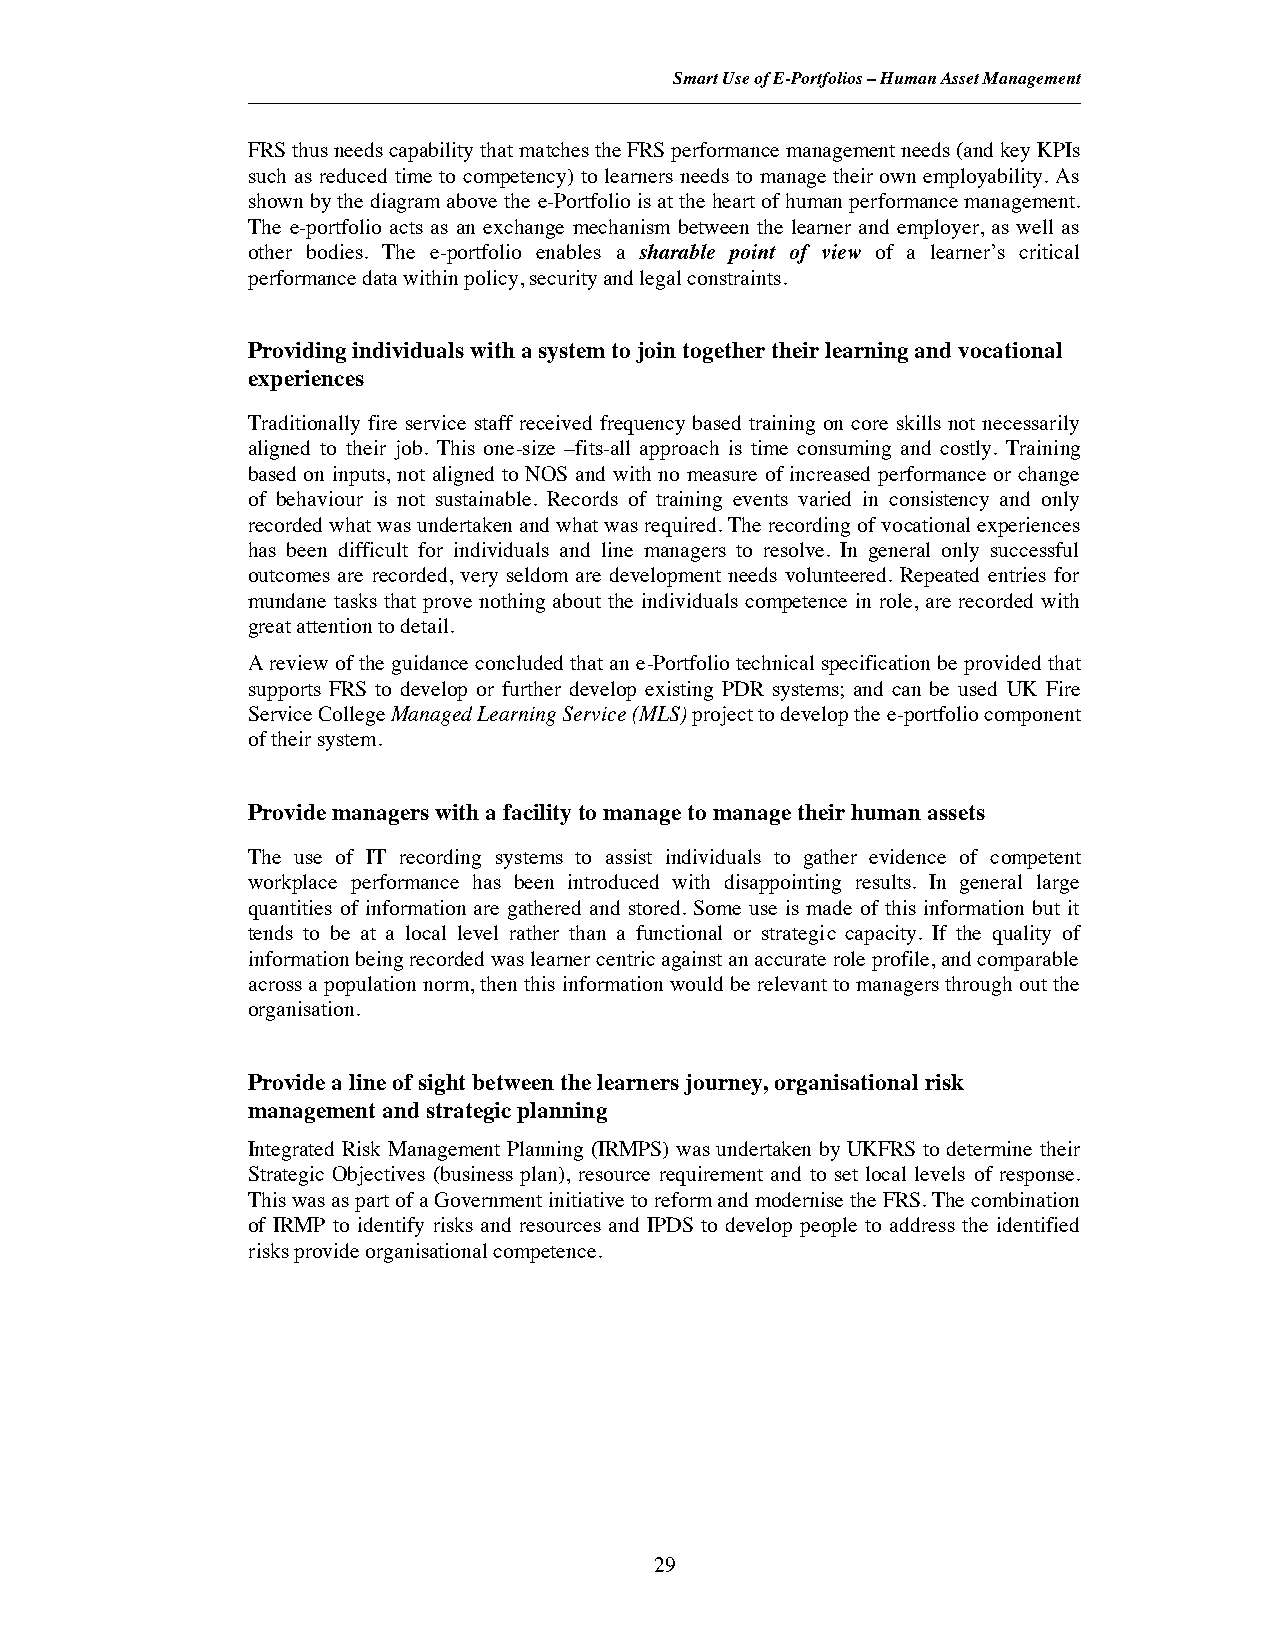
Smart Use of E-Portfolios– Human Asset Management
 FRS thus needs capability that matches the FRS performance management needs (and key KPIs
 such as reduced time to competency) to learners needs to manage their own employability. As
 shown by the diagram above the e-Portfolio is at the heart of human performance management.
 The e-portfolio acts as an exchange mechanism between the learner and employer, as well as
 other bodies. The e-portfolio enables a sharable point of view of a learner’s critical
 performance data within policy, security and legal constraints.
 Providing individuals with a system to join together their learning and vocational
 experiences
 Traditionally fire service staff received frequency based training on core skills not necessarily
 aligned to their job. This one-size –fits-all approach is time consuming and costly. Training
 based on inputs, not aligned to NOS and with no measure of increased performance or change
 of behaviour is not sustainable. Records of training events varied in consistency and only
 recorded what was undertaken and what was required. The recording of vocational experiences
 has been difficult for individuals and line managers to resolve. In general only successful
 outcomes are recorded, very seldom are development needs volunteered. Repeated entries for
 mundane tasks that prove nothing about the individuals competence in role, are recorded with
 great attention to detail.
 A review of the guidance concluded that an e-Portfolio technical specification be provided that
 supports FRS to develop or further develop existing PDR systems; and can be used UK Fire
 Service CollegeManaged Learning Service (MLS) project to develop the e-portfolio component
 of their system.
 Provide managers with a facility to manage to manage their human assets
 The use of IT recording systems to assist individuals to gather evidence of competent
 workplace performance has been introduced with disappointing results. In general large
 quantities of information are gathered and stored. Some use is made of this information but it
 tends to be at a local level rather than a functional or strategic capacity. If the quality of
 information being recorded was learner centric against an accurate role profile, and comparable
 across a population norm, then this information would be relevant to managers through out the
 organisation.
 Provide a line of sight between the learners journey, organisational risk
 management and strategic planning
 Integrated Risk Management Planning (IRMPS) was undertaken by UKFRS to determine their
 Strategic Objectives (business plan), resource requirement and to set local levels of response.
 This was as part of a Government initiative to reform and modernise the FRS. The combination
 of IRMP to identify risks and resources and IPDS to develop people to address the identified
 risks provide organisational competence.
 29